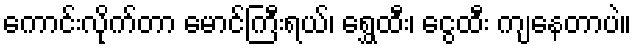
ကောင်းလိုက်တာ မောင်ကြီးရယ်၊ ရွှေထီး၊ ငွေထီး ကျနေတာပဲ။